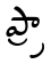
ప్ర్రా